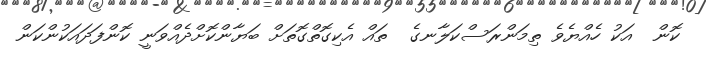
ކޮން  އަކު ހެއްޔެވެ ތިމަންރަސްކަލާނގެ  ތައް އެކިގޮތްގޮތަށް ބަޔާންކޮށްދެއްވަނީ ކޮންފަދައަކުންކަން